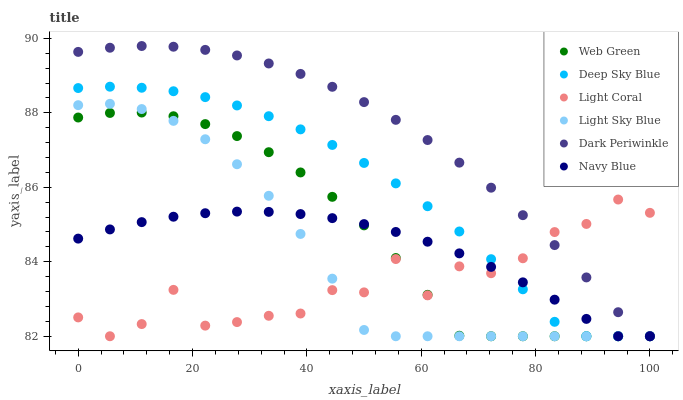
| xaxis_label | Web Green | Deep Sky Blue | Light Coral | Light Sky Blue | Dark Periwinkle | Navy Blue |
 | --- | --- | --- | --- | --- | --- | --- |
 | 0 | 87.9 | 88.7 | 82.5 | 88.2 | 89.6 | 84.6 |
 | 5.56 | 88 | 88.7 | 82 | 88.2 | 89.7 | 84.9 |
 | 11.1 | 88 | 88.7 | 82.3 | 88.1 | 89.8 | 85.1 |
 | 16.7 | 87.9 | 88.6 | 83.2 | 87.8 | 89.8 | 85.2 |
 | 22.2 | 87.7 | 88.4 | 82.3 | 87.3 | 89.7 | 85.3 |
 | 27.8 | 87.4 | 88.2 | 82.4 | 86.6 | 89.5 | 85.3 |
 | 33.3 | 86.9 | 87.9 | 82.5 | 85.8 | 89.3 | 85.3 |
 | 38.9 | 86.4 | 87.6 | 82.6 | 84.7 | 89 | 85.3 |
 | 44.4 | 85.7 | 87.1 | 83.2 | 83.5 | 88.7 | 85.2 |
 | 50 | 85 | 86.7 | 83.2 | 82.2 | 88.3 | 85 |
 | 55.6 | 84.1 | 86.1 | 84.1 | 82 | 87.8 | 84.8 |
 | 61.1 | 83.1 | 85.5 | 83.1 | 82 | 87.3 | 84.5 |
 | 66.7 | 82 | 84.8 | 83.9 | 82 | 86.7 | 84.2 |
 | 72.2 | 82 | 84.1 | 83.7 | 82 | 86 | 83.9 |
 | 77.8 | 82 | 83.3 | 84.1 | 82 | 85.3 | 83.4 |
 | 83.3 | 82 | 82.4 | 84.8 | 82 | 84.4 | 83 |
 | 88.9 | 82 | 82 | 85 | 82 | 83.6 | 82.5 |
 | 94.4 | 82 | 82 | 85.7 | 82 | 82.6 | 82 |
 | 100 | 82 | 82 | 85.3 | 82 | 82 | 82 |